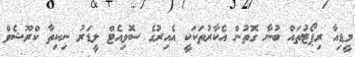
މީޑިއާ ރިޕޯޓުތައް ބުނާ ގޮތުން އެކާރުތަކަކީ އެއިރުގެ ސޮވިއެޓް ލީޑަރު ނިކިތާ ކްރޫޝެވް